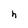
Character: h